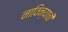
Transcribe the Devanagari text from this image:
नाविन्याची